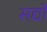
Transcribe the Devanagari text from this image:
सद्यो